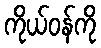
ကိုယ်ဝန်ကို